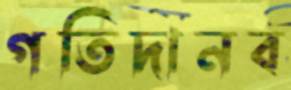
গতিদানব